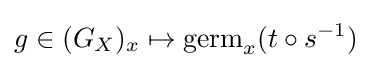
g\in (G_{X})_{x}\mapsto \mathrm {germ} _{x}(t\circ s^{-1})